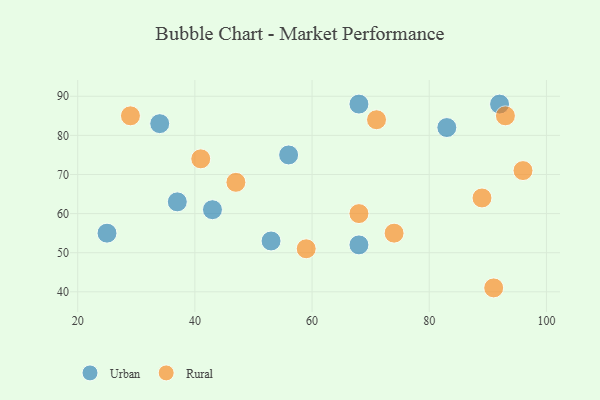
{"axis": {"x": "GDP", "y": "Life Expectancy"}, "legend": ["Rural", "Urban"], "data": [{"x": "56", "y": 75, "type": "Urban"}, {"x": "68", "y": 88, "type": "Urban"}, {"x": "83", "y": 82, "type": "Urban"}, {"x": "53", "y": 53, "type": "Urban"}, {"x": "25", "y": 55, "type": "Urban"}, {"x": "43", "y": 61, "type": "Urban"}, {"x": "34", "y": 83, "type": "Urban"}, {"x": "68", "y": 52, "type": "Urban"}, {"x": "37", "y": 63, "type": "Urban"}, {"x": "92", "y": 88, "type": "Urban"}, {"x": "68", "y": 60, "type": "Rural"}, {"x": "74", "y": 55, "type": "Rural"}, {"x": "71", "y": 84, "type": "Rural"}, {"x": "29", "y": 85, "type": "Rural"}, {"x": "96", "y": 71, "type": "Rural"}, {"x": "47", "y": 68, "type": "Rural"}, {"x": "93", "y": 85, "type": "Rural"}, {"x": "91", "y": 41, "type": "Rural"}, {"x": "41", "y": 74, "type": "Rural"}, {"x": "59", "y": 51, "type": "Rural"}, {"x": "89", "y": 64, "type": "Rural"}]}